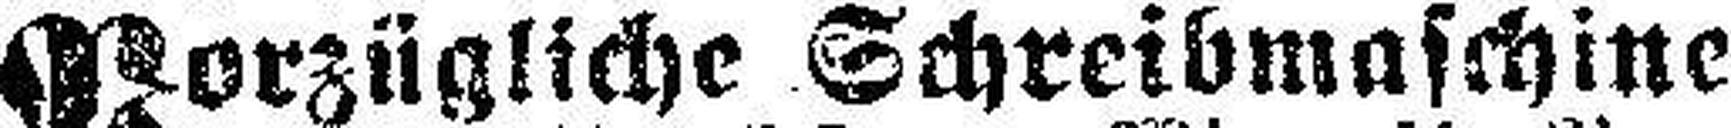
Vorzügliche Schreibmaschine